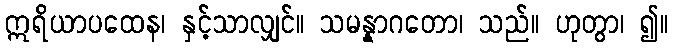
ဣရိယာပထေန၊ နှင့်သာလျှင်။ သမန္နာဂတော၊ သည်။ ဟုတွာ၊ ၍။